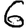
Digit: 6